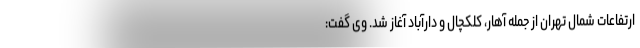
ارتفاعات شمال تهران از جمله آهار، کلکچال و دارآباد آغاز شد. وی گفت: